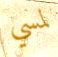
لمسي